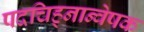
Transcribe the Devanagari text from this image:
पदचिह्‌नान्वेषक